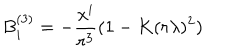
B _ { i } ^ { ( 3 ) } = - { \frac { x ^ { i } } { r ^ { 3 } } } ( 1 - K ( r \lambda ) ^ { 2 } )